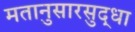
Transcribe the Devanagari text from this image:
मतानुसारसुद्धा